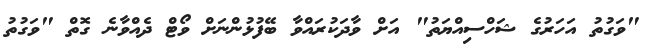
"ވަގުތު އަހަރުގެ ޝަހްސިއްޔަތު" އަށް ވާދަކުރައްވާ ބޭފުޅުންނަށް ވޯޓް ދެއްވާނެ ގޮތް "ވަގުތު